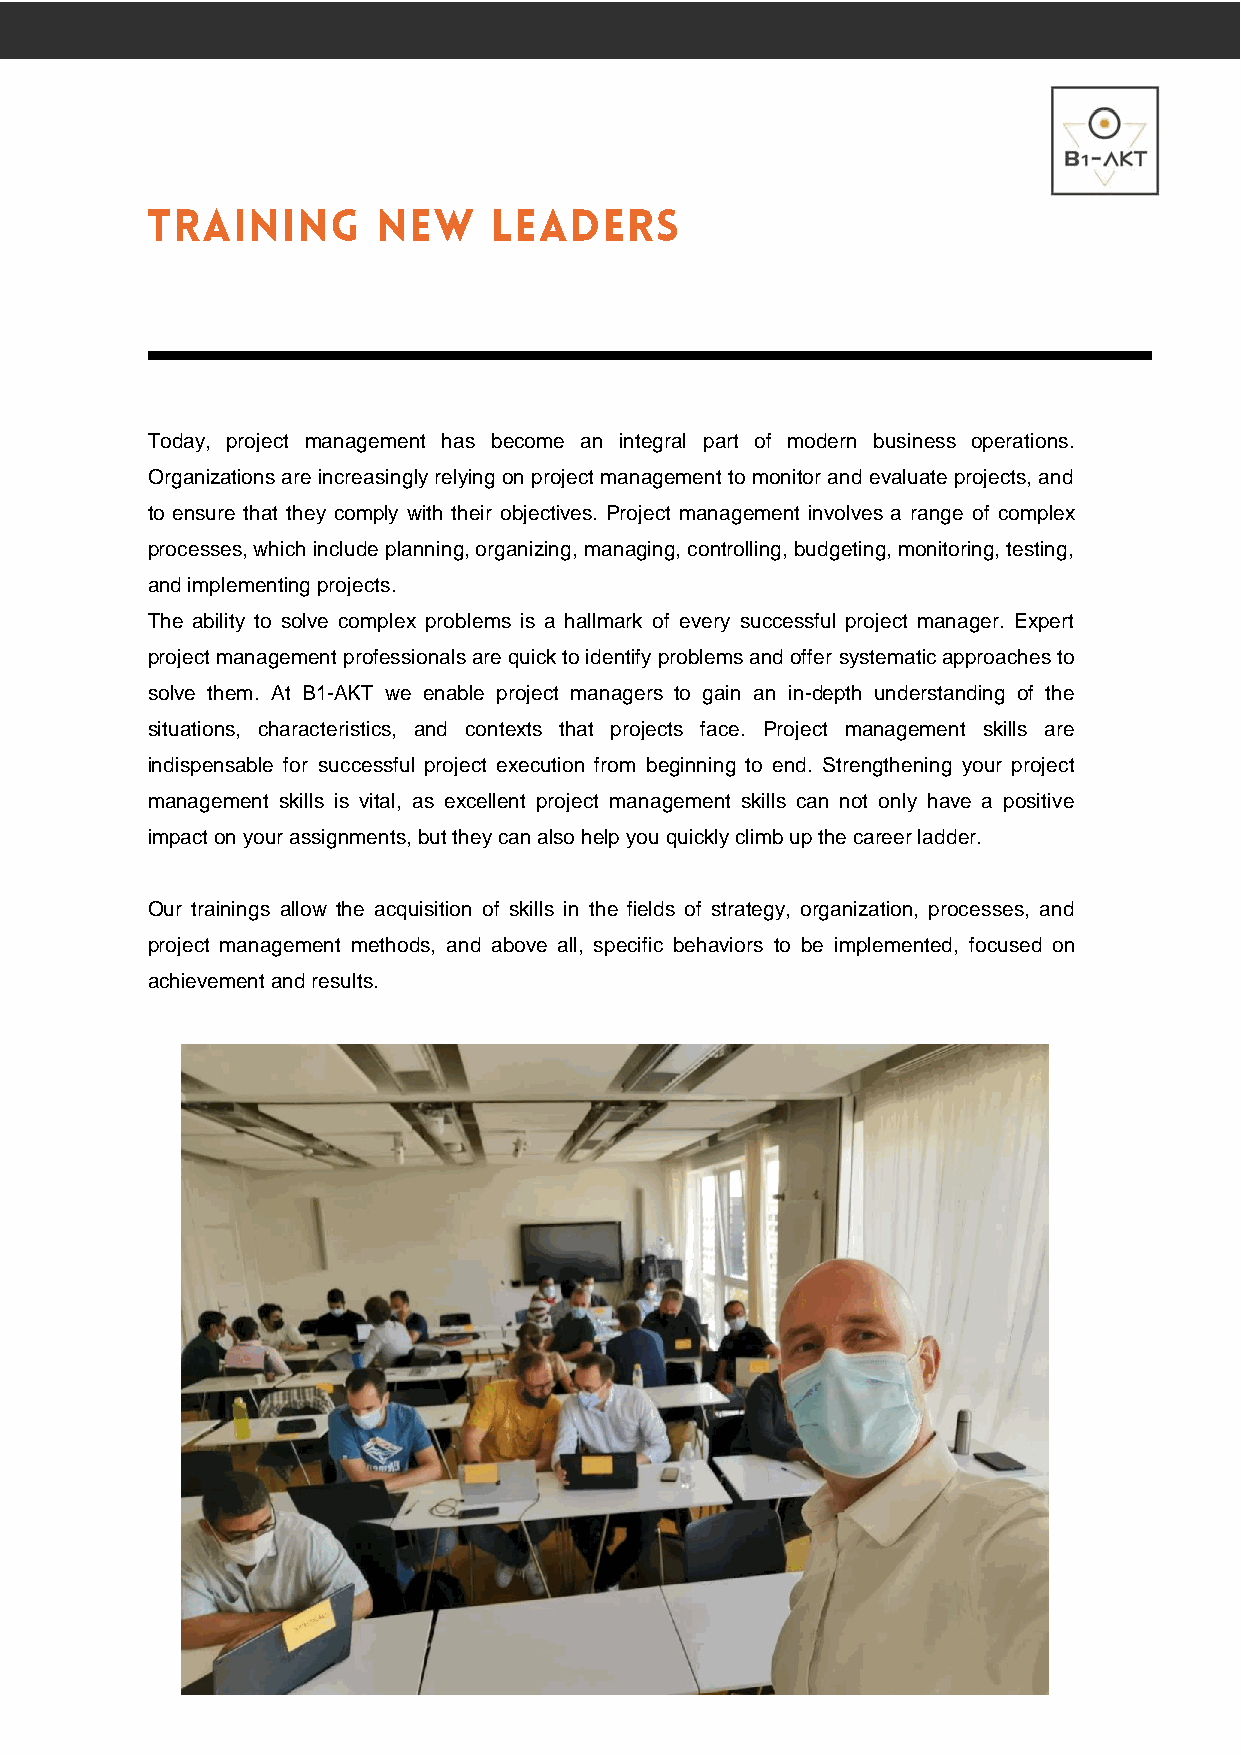
Today, project management has become an integral part of modern business operations.
 Organizations are increasingly relying on project management to monitor and evaluate projects, and
 to ensure that they comply with their objectives. Project management involves a range of complex
 processes, which include planning, organizing, managing, controlling, budgeting, monitoring, testing,
 and implementing projects.
 The ability to solve complex problems is a hallmark of every successful project manager. Expert
 project management professionals are quick to identify problems and offer systematic approaches to
 solve them. At B1-AKT we enable project managers to gain an in-depth understanding of the
 situations, characteristics, and contexts that projects face. Project management skills are
 indispensable for successful project execution from beginning to end. Strengthening your project
 management skills is vital, as excellent project management skills can not only have a positive
 impact on your assignments, but they can also help you quickly climb up the career ladder.
 Our trainings allow the acquisition of skills in the fields of strategy, organization, processes, and
 project management methods, and above all, specific behaviors to be implemented, focused on
 achievement and results.